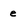
Character: e